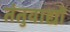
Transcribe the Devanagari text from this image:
तंतुवाद्यों